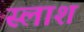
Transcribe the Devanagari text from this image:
स्लाश